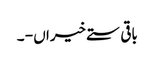
باقی ستے خیراں - ۔